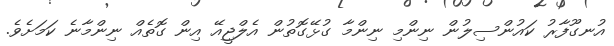
އުނގޫފާރު ކައުންސިލުން ނިންމި ނިންމާ ގުޅޭގޮތުން އެލްޖީއޭ އިން ގޮތެއް ނިންމާނެ ކަމަށެވެ.